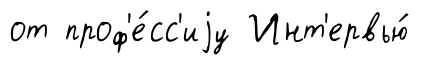
от проф'е́сс'иjу Инт'ервью́